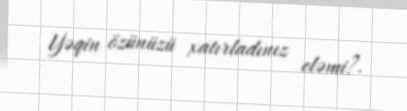
Yəqin özünüzü xatırladınız eləmi?.